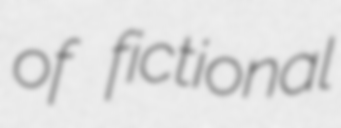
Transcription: of fictional